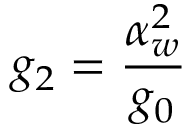
g _ { 2 } = \frac { \alpha _ { w } ^ { 2 } } { g _ { 0 } }